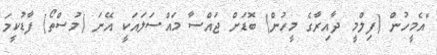
"އެމީހުން (ފިލްމީ ދާއިރާގެ މީހުން) ބޮޑަށް ޖައްސާ މައްސަލައަކީ އޭނަ (މުސްތޯ) ފާޑުކީމަ